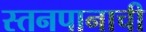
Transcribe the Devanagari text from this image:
स्तनपानाची